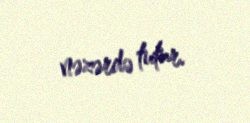
nəzərdə tutur.